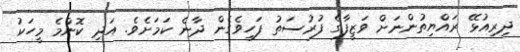
ދިރިއުޅޭ ރައްޔިތުންނަށް ވަޒީފާގެ ފުރުސަތު ފަހިވެގެން ދާނެ ކަމަށެވެ. އަދި ކޮންމެ މީހަކު